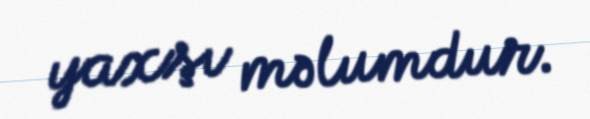
yaxşı məlumdur.